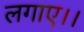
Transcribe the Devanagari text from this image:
लगाए।।